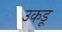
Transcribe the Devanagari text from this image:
उकडू